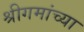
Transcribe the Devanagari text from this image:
श्रीगमांच्या